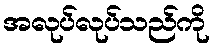
အလုပ်လုပ်သည်ကို